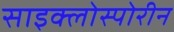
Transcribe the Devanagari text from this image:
साइक्लोस्पोरीन